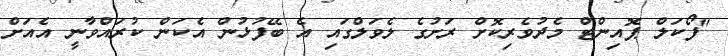
"ފޯކަލް ޕޮއިންޓް މެދުވެރިކޮށް ރަށުގެ ލެވަލްގައި އެ ބޭފުޅުން އެކަން ކުރައްވާނީ އެއަށް